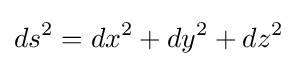
ds^{2}=dx^{2}+dy^{2}+dz^{2}